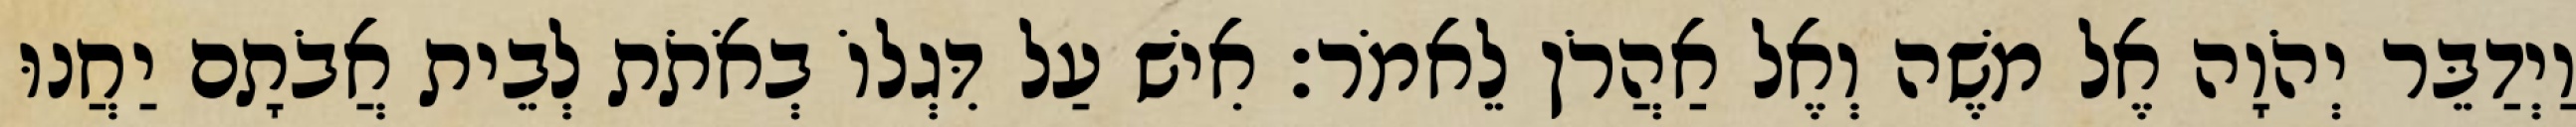
וַיְדַבֵּר יְהֹוָה אֶל משֶׁה וְאֶל אַהֲרֹן לֵאמֹר׃ אִישׁ עַל דִּגְלוֹ בְאֹתֹת לְבֵית אֲבֹתָם יַחֲנוּ